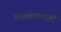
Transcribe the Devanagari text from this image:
कालोगच्छति